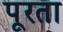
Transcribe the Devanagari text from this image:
पूरता